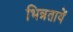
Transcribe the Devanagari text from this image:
भिन्नतायें